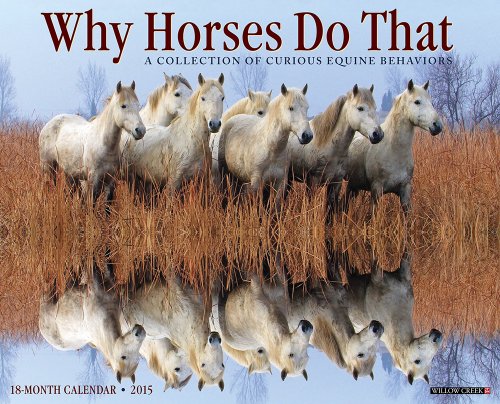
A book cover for Why Horses Do That 2015 Wall Calendar; Willow Creek Press; Calendars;